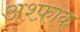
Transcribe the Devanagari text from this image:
अश्फ़ाक